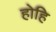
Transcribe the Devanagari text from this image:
होहि